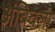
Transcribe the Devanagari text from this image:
अंबिवली